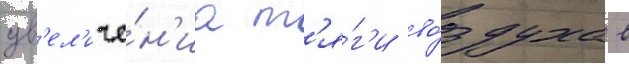
ув'ел'иче́н'иа т'я́г'и во́здуха в